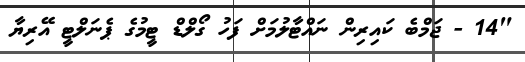
"14 - ޖަމްބެ ކައިރިން ނައްޓާލުމަށް ފަހު ގޯލްޑް ޓީމުގެ ޕެނަލްޓީ އޭރިޔާ